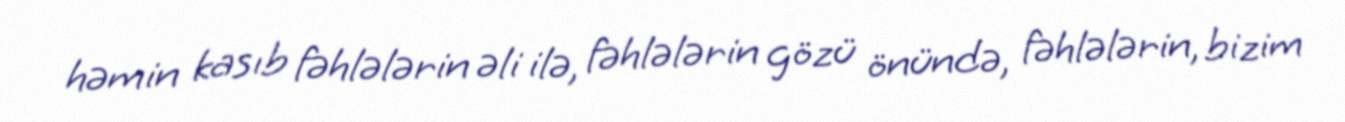
həmin kasıb fəhlələrin əli ilə, fəhlələrin gözü önündə, fəhlələrin, bizim